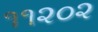
૧૧૨૦૨